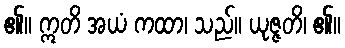
၏။ ဣတိ အယံ ကထာ၊ သည်။ ယုဇ္ဇတိ၊ ၏။